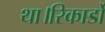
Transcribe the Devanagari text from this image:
था।रिकार्डो